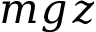
m g z